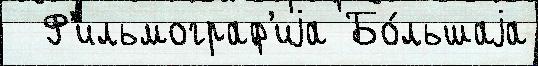
  Ф'ильмограф'иjа Бо́льшаjа